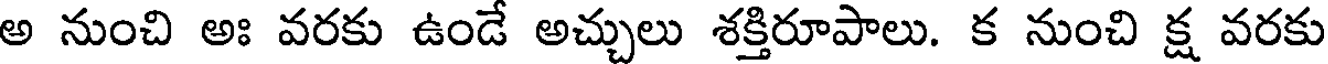
అ నుంచి అః వరకు ఉండే అచ్చులు శక్తిరూపాలు. క నుంచి క్ష వరకు